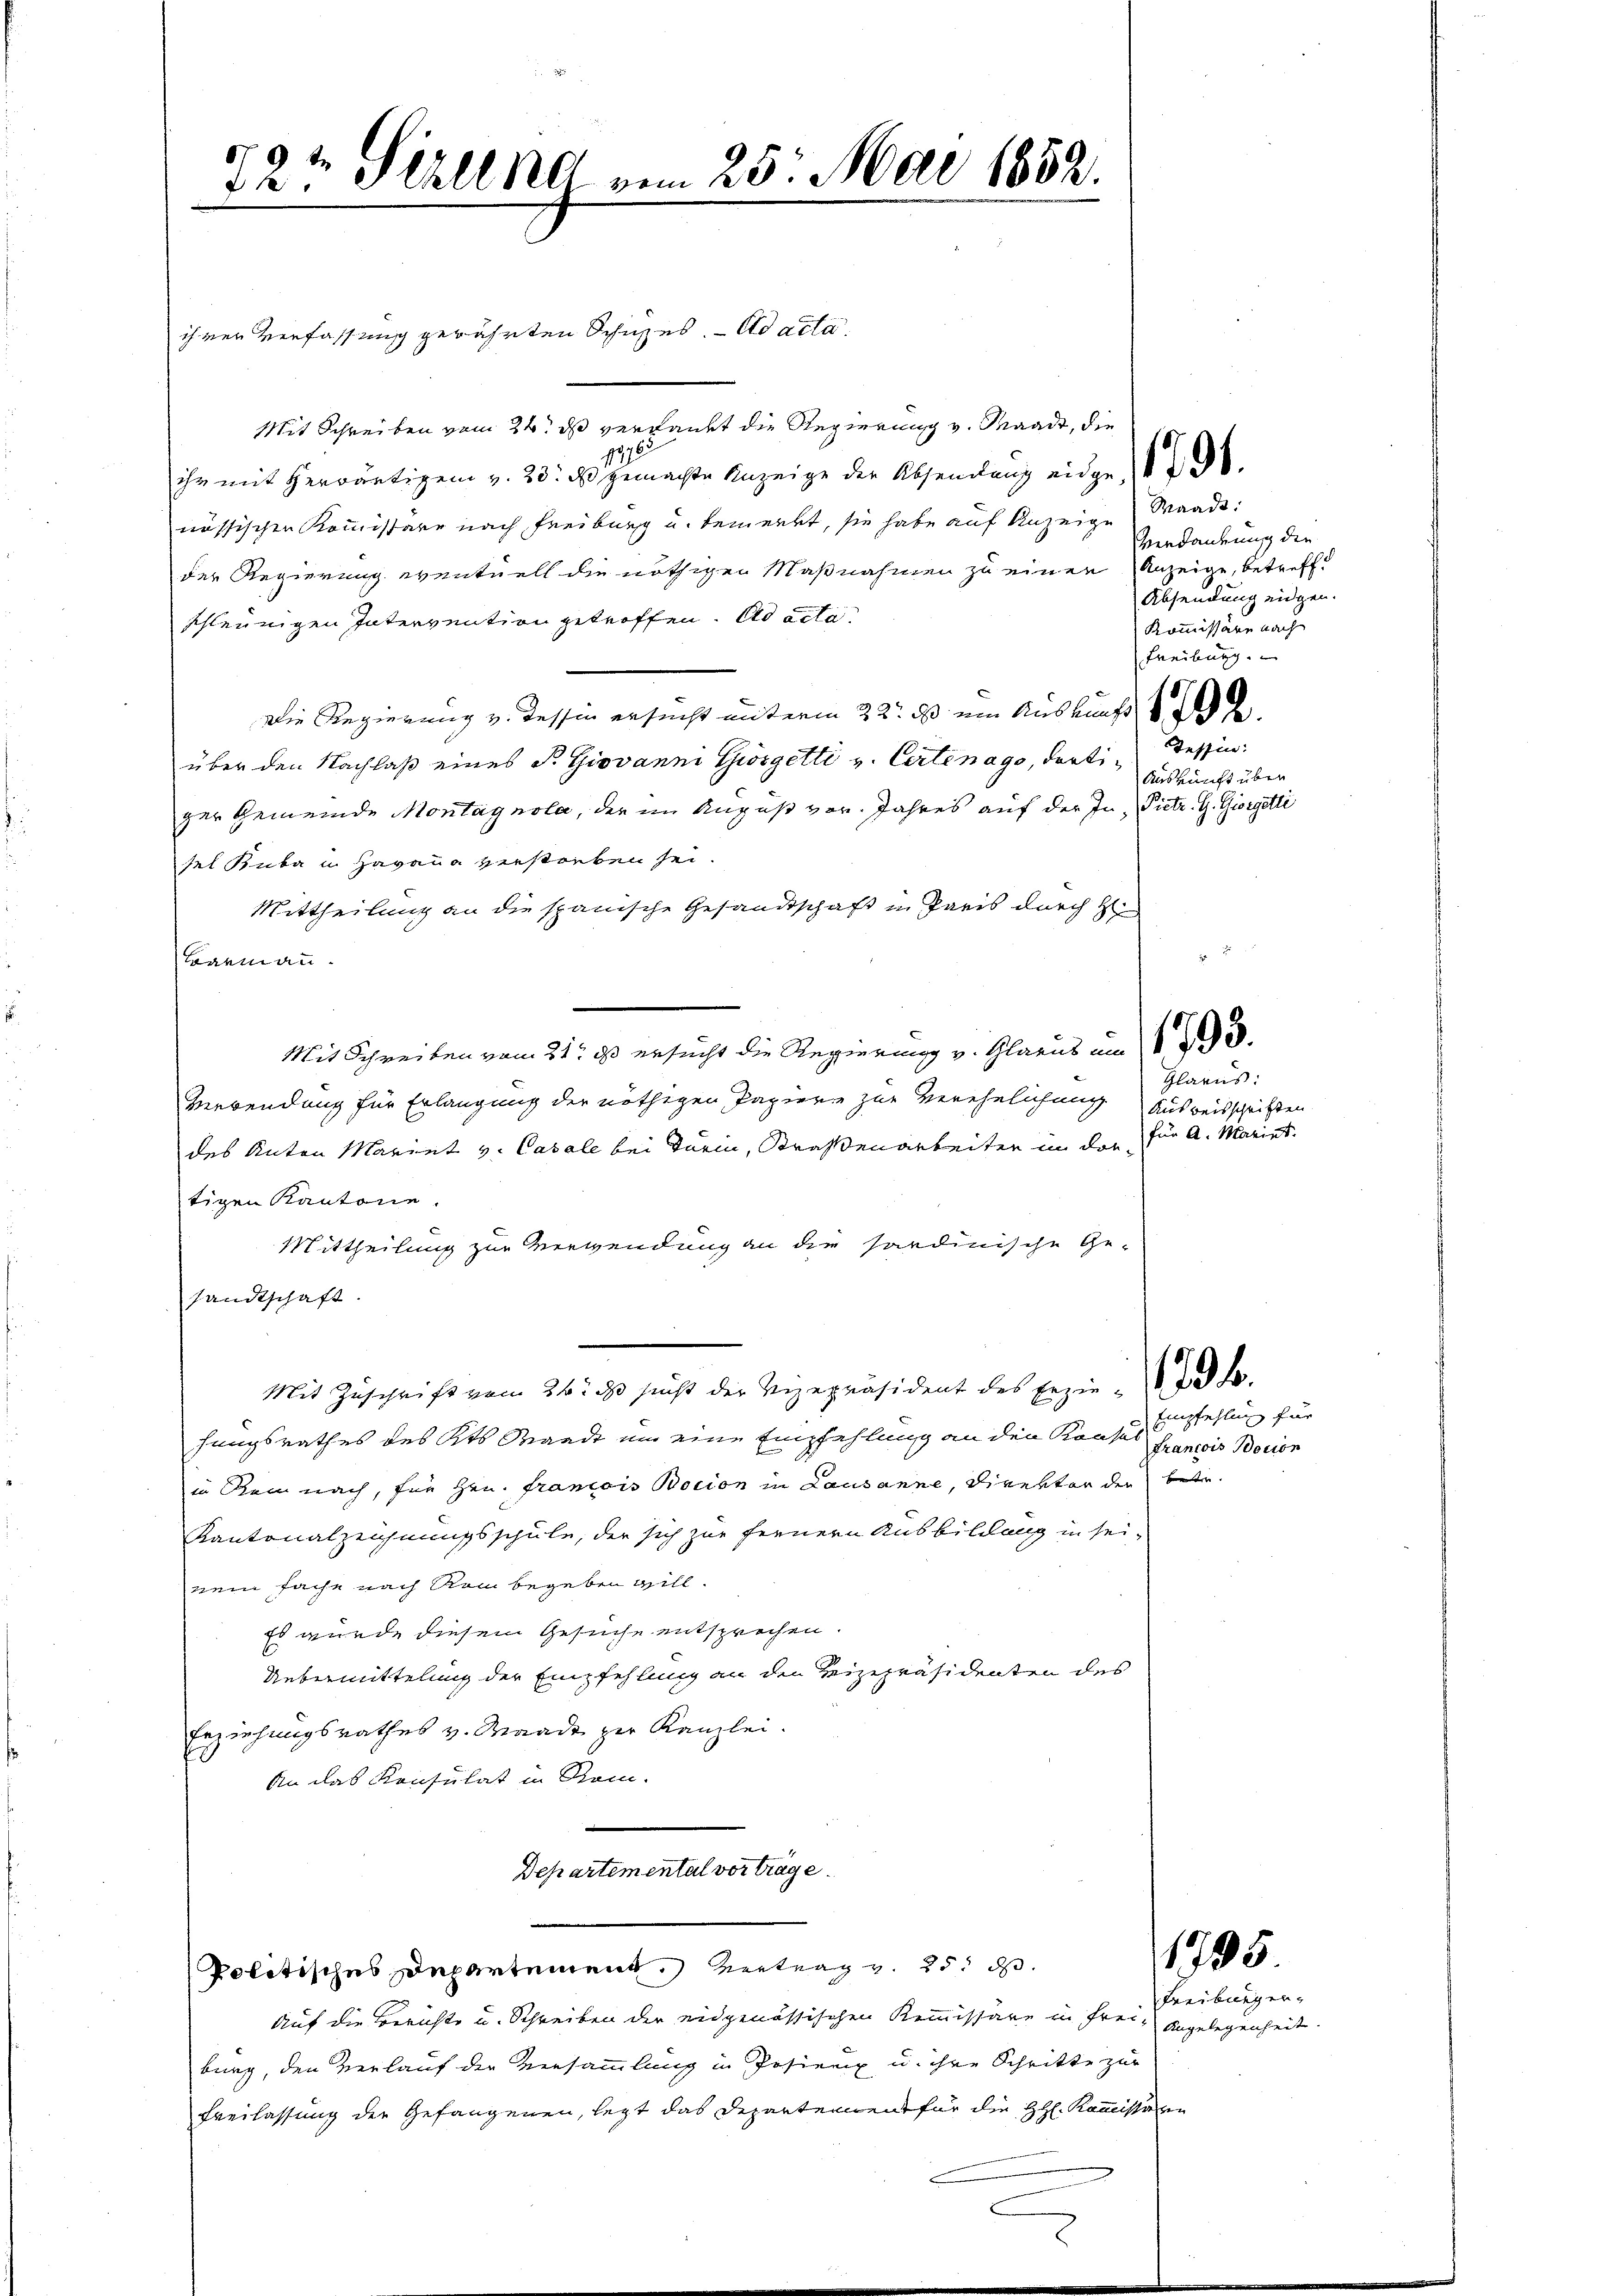
12 t Seelena vom 25. Mai 1852.

ihrer Verfassung gewähnten Schüzes. ad acta.
Mit Schreiben vom 24. ds verdankt die Regierung v. Waadt, die
1.
ihr mit herwärtigen v. 23. ds gemachte Anzeige der Absendung eidge, 1796.
nössischen Kommissäre nach Freiburg u. bemerkt, sie habe auf Anzeige Waadt:
der Regierung eventuell die nöthigen Maßnahmen zu einen Anzeige, betreffe
schleunigen Intervention getroffen. Ad acta
Die Regierung v. Tessin ersucht unterm 22. ds. ein Auskunft de
über den Nachlaß eines P. Giovanni Gwörgetti v. Certenago, dortiger Gemeinde Montagnola, der im August vor. Jahres auf der In- Pietr. G. Giorgetti
sel Ruba in Havana verstreben sei.
Mittheilung an die spanische Gesandtschaft in Paris durch H
 2
warm an
Mit Schreiben vom 31. ist ersucht die Regierung v. Glarus um 1. 493.
Verwendung für Erlangung der nöthigen Papiere zur Verehelichung
des Anton Mariet v. Casale bei Turin, Straßenarbeiter in dortigen Kantone.
Mittheilung zur Verwendung an die sardinische Ge-
sandtschaft.
Mit Zuschrift vom 26. ds sucht der Vizepräsident des Erzie- 43 f.
hungsrathes des Kts Mandt um eine Empfehlung an den Konsers stellung für
in Rein nach, für Hrn. Francois Bocion in Lausanne, Direktor der betr.
Kantonalzeichnungsschule, der sich zur fernern Ausbildung in seinem fache nach Rom begeben will.
Es wurde diesem Gesuche entsprechen.
Uebermittelung der Empfehlung an den Vizepräsidenten des
Erziehungsrathes v. Waade zur Kanzlei.
An das Konsulat in Rom.
Departemental vorträge.
|
1995
Politisches Departement. Vertrag v. 25. d.
Auf die Berichte u. Schreiben der eidgenössischen Kommissäre in Frei- Angelegenheit
burg, den Verlauf der Versammlung in Posien u. ihre Schritte zur
Freilassung der Gefangenen, lezt das Departemen für die HH. Kommissären

Verdankung die
Absendung eidgen.
Kommissäre nach
Freiburg.

Tessin:
Auskunft über

Glarus:
Ausweisschriften
für A. Mariet.

Francois Bocion

Freiburger¬